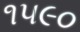
૧૫૯૦